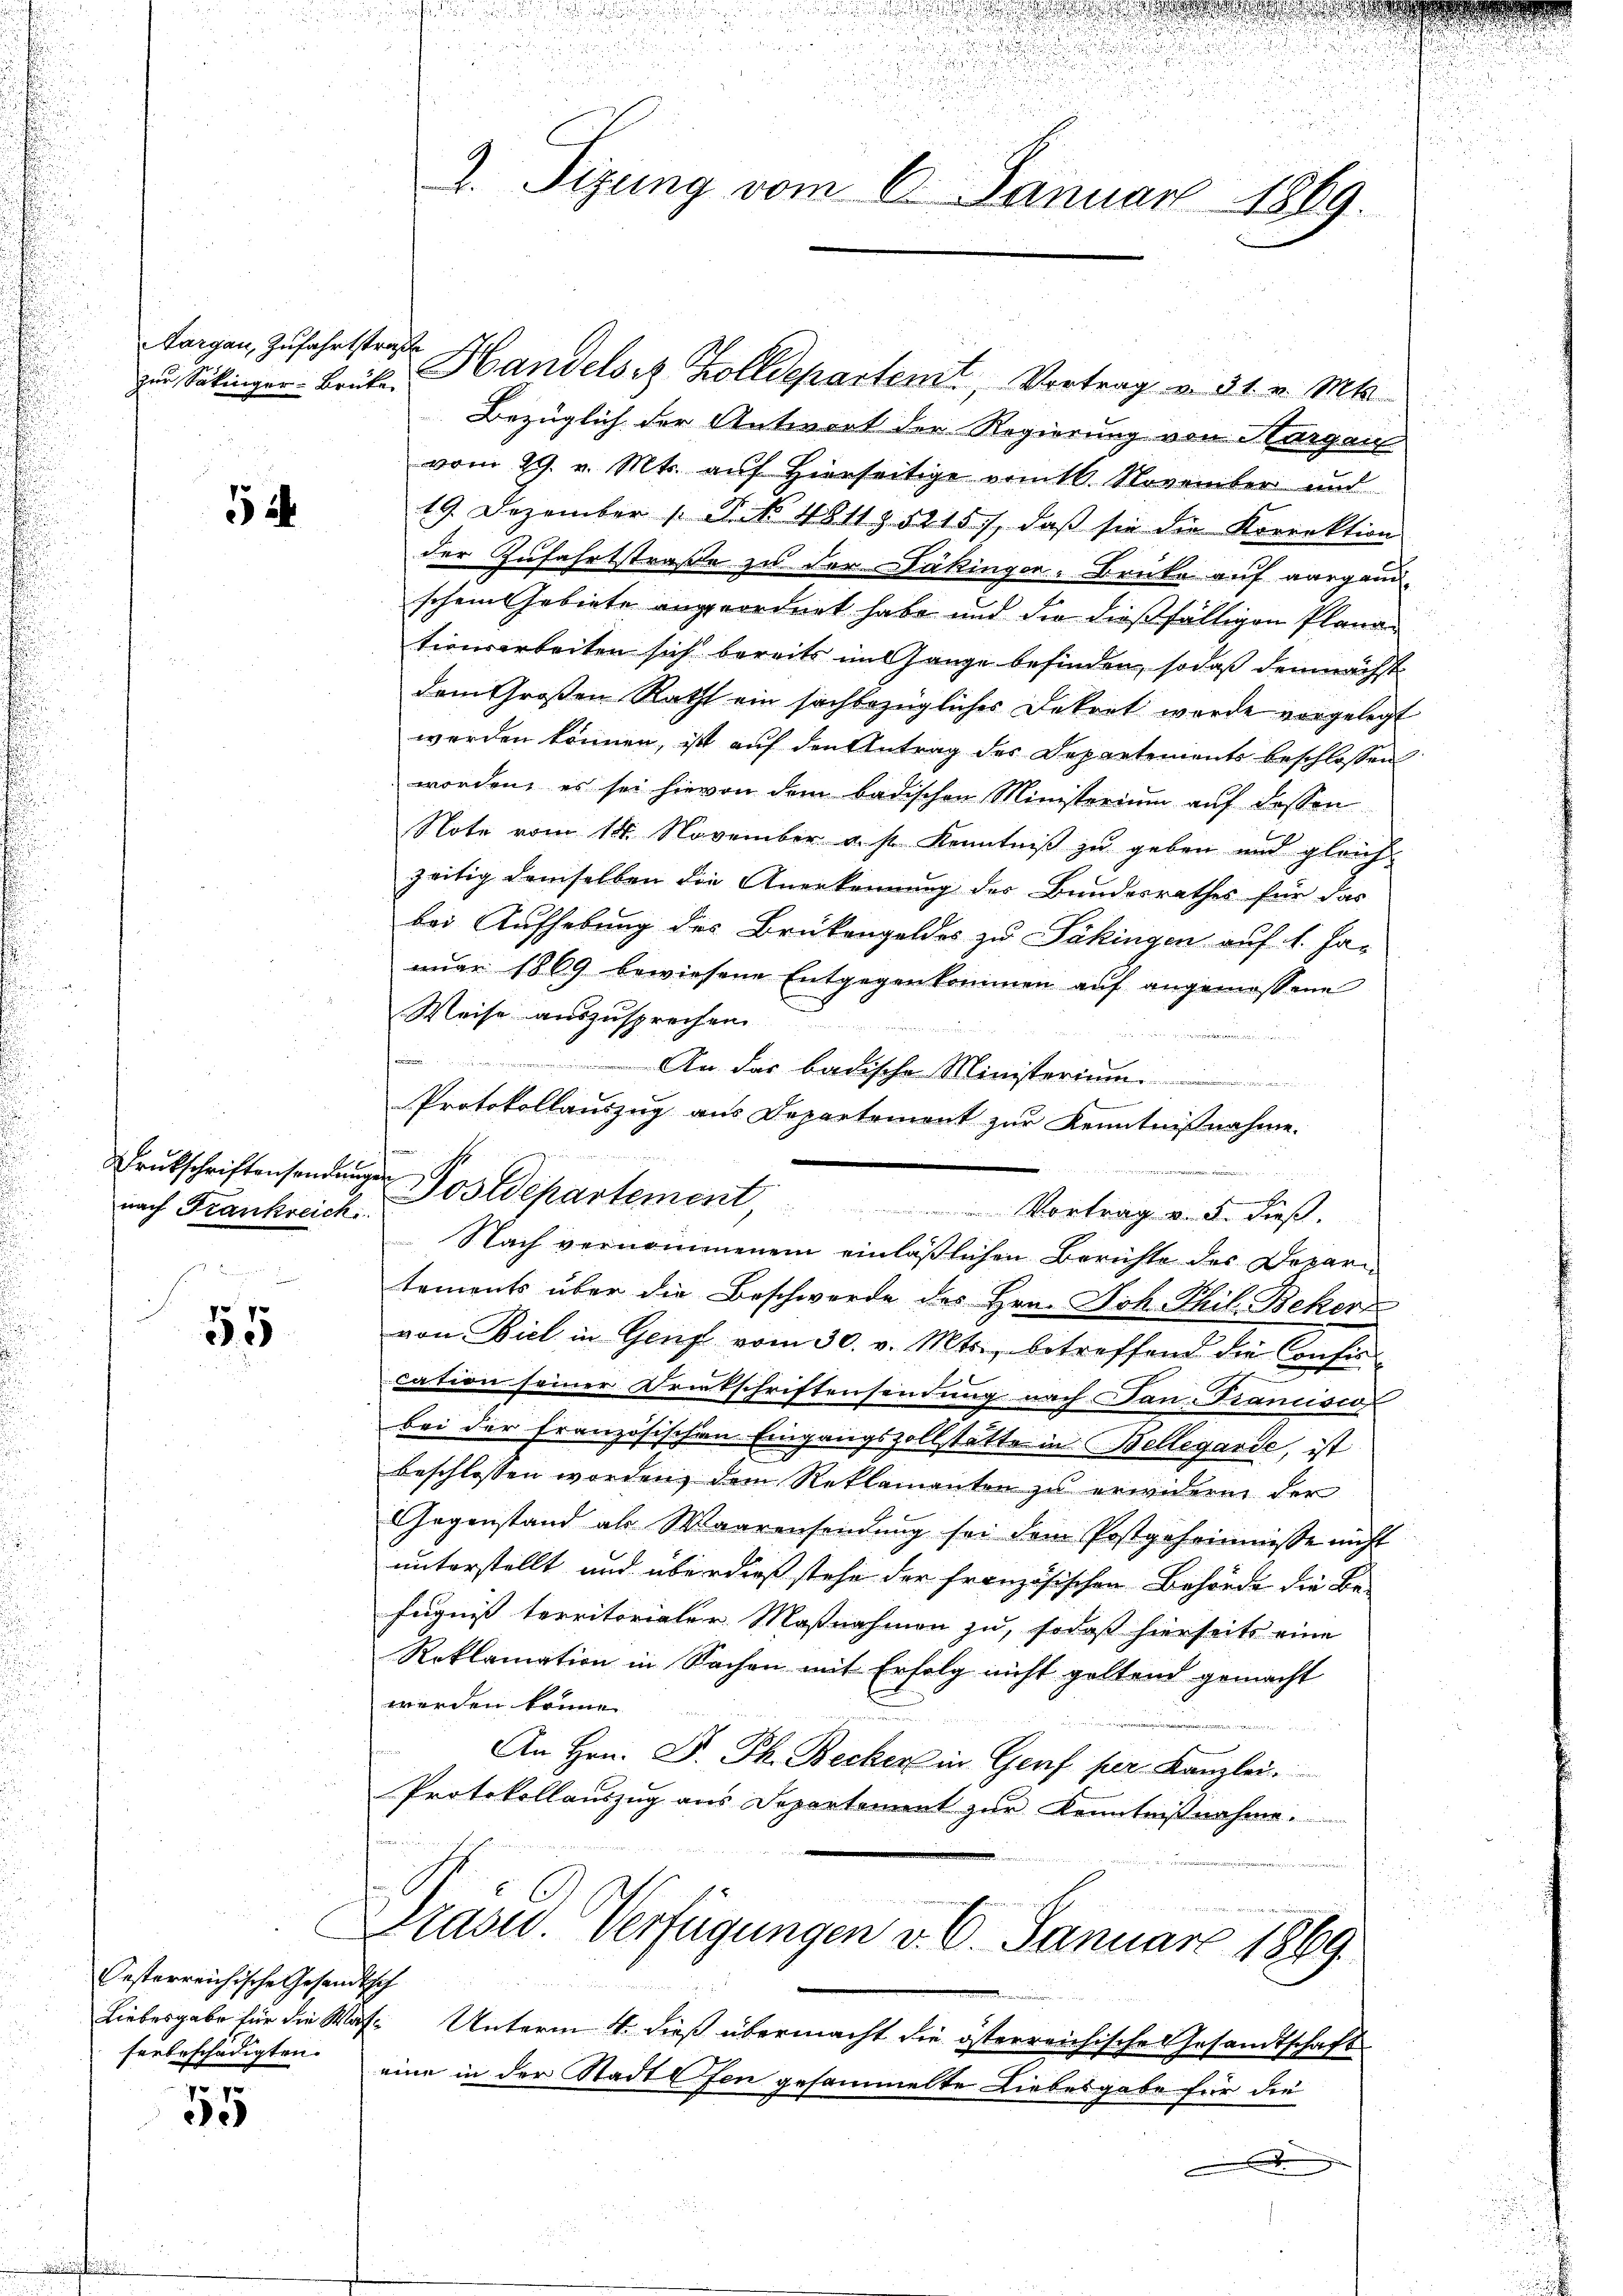
zur Säkinger-Brüke

52

nach Frankreich

55

Oesterreichische Gesandtsch
ferbeschädigten.

55

Aargau, Zufahrtstrat Handelsiz Zolldepartemt, Vortrag v. 31. v. Mts.
Bezüglich der Antwort der Regierung von Horgen
vom 29. v. Mts. auf Hierseitige vomtl. November und
19. Dezember 1. N. N. 4811 § 1215), daβ sie die Korrektion
der Zufahrtstraße zu der Fäkinger-Brücke auf aarganischem Gebiete angeordnet habe und die dießfälligen Planationsarbeiten sich bereits im Gange befinden, sodaß demnächst
dem Großen Raths ein sachbezügliches Dekret worde vorgelegt
werden können, ist auf den Antrag des Departements beschlossen
worden, es sei hievon dem badischen Ministerium auf dessen
Note vom 14. November a. s. Kenntniß zu geben und gleichzeitig demselben die Anerkennung der Bundesrathes für das
bei Aufhebung des Brükengoldes zu Säkingen auf 1. Ja-
nuar 1869 bewiesene Entgegenkommen auf angemessene
Weise auszusprechen.
ekennen.
feriren.
An das badische Ministerium
.
Protokollauszug aus Departemont zur Kenntnißnahme.
Trukschriftensendunger Postdepartement, Vortrag v. 5. dieβ.
Nach vernommenem einläßlichen Berichte des Departements über die Beschwerde des Hrn. Joh. Thil. Bekerz
von Biel in Genf vom 30. v. Mts., betreffend die Consi-
cation seiner Dritschriftensendung nach Jan. Francisco
bei der Französischen Eingangszollstätte in Bellegarde, ist
beschlossen worden, dem Reklamanten zu erwidern der
Gegenstand als Waarensendung sei dem Postgeheimnisse nicht
unterstellt und überdieß stehe der französischen Behörde die Befugniß territorialer Maßnahmen zu, sodaß hierseits eine
Reklamation in Sachen mit Erfolg nicht geltend gemacht
werden könne.
An Hrn. F. Ph. Becker in Genf per Kanzlei.
Protokollauszug aus Separtement zur Kenntnißnahme.
t
 1544.
Präsid.. Verfügungen v. 6. Januar 1869.
8
Liebesgabe für die Was- Unterm 4. dieß übermacht die österreichische Gesandtschaft
eine in der Stadt Ofen gesammelte Liebesgabe für die
.

e

n

2. Sizung vom 6. Januar 1869.